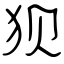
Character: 狈